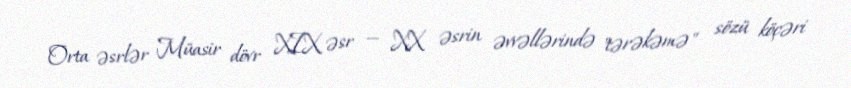
Orta əsrlər Müasir dövr XIX əsr — XX əsrin əvvəllərində "tərəkəmə" sözü köçəri